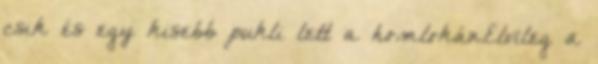
csik és egy kisebb pukli lett a homlokán.Elvileg a